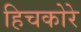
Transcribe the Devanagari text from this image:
हिचकोरे